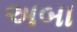
અબા